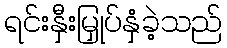
ရင်းနှီးမြှုပ်နှံခဲ့သည်